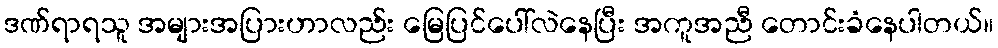
ဒဏ်ရာရသူ အများအပြားဟာလည်း မြေပြင်ပေါ်လဲနေပြီး အကူအညီ တောင်းခံနေပါတယ်။